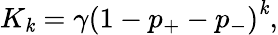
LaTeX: K_{\mathit{k}}=\gamma\left(1-p_{+}-p_{-}\right)^{\mathit{k}},